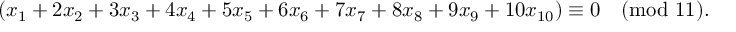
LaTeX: ( x _ { 1 } + 2 x _ { 2 } + 3 x _ { 3 } + 4 x _ { 4 } + 5 x _ { 5 } + 6 x _ { 6 } + 7 x _ { 7 } + 8 x _ { 8 } + 9 x _ { 9 } + 1 0 x _ { 1 0 } ) \equiv 0 { \pmod { 1 1 } } .